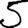
Digit: 5